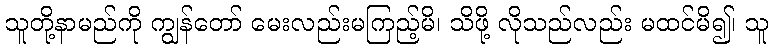
သူတို့နာမည်ကို ကျွန်တော် မေးလည်းမကြည့်မိ၊ သိဖို့ လိုသည်လည်း မထင်မိ၍၊ သူ